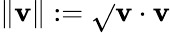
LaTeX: \| \mathbf{v}\| :={\sqrt{}{{\mathbf{v}\cdot\mathbf{v}}}}